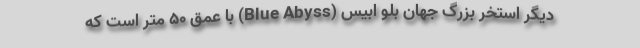
دیگر استخر بزرگ جهان بُلو اَبیس (Blue Abyss) با عمق ۵۰ متر است که